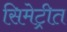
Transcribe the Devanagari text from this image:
सिमेट्रीत